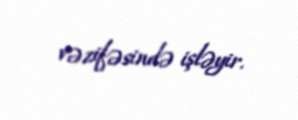
vəzifəsində işləyir.